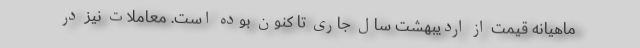
ماهیانه قیمت از اردیبهشت سال جاری تا کنون بوده است. معاملات نیز در